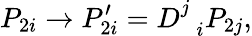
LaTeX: P_{2i}\rightarrow P_{2i}^{\prime}=D_{\; \; i}^{j}P_{2j},